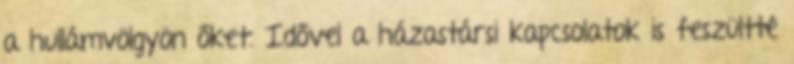
a hullámvölgyön őket. Idővel a házastársi kapcsolatok is feszültté